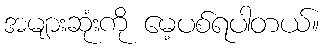
အများဆုံးကို မေ့ပစ်ရပါတယ်။